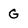
Character: G